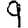
Digit: 9